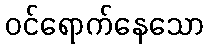
ဝင်ရောက်နေသော